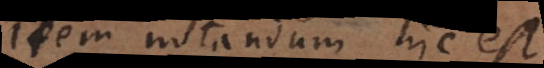
Item notandum hic est